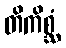
တိကိစ္ဆံ